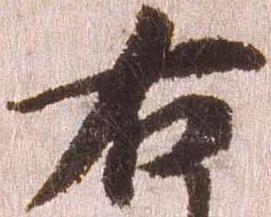
右